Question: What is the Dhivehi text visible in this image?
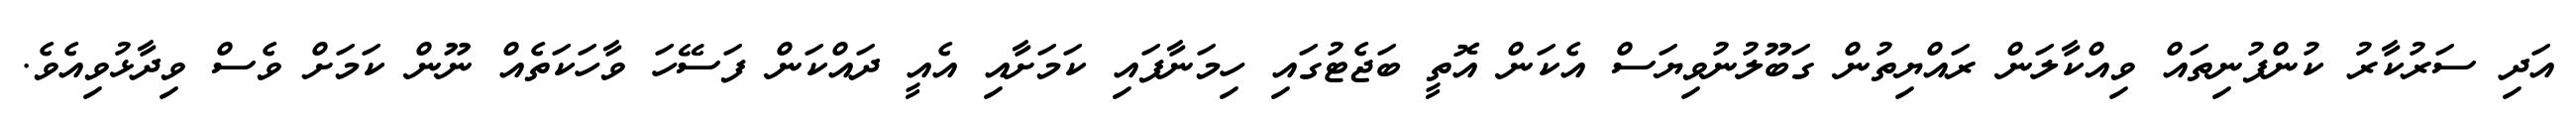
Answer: އަދި ސަރުކާރު ކުންފުނިތައް ވިއްކާލަން ރައްޔިތުން ގަބޫލުނުވިޔަސް އެކަން އޮތީ ބަޖެޓުގައި ހިމަނާފައި ކަމަށާއި އެއީ ދައްކަން ފަސޭހަ ވާހަކަތެއް ނޫން ކަމަށް ވެސް ވިދާޅުވިއެވެ.